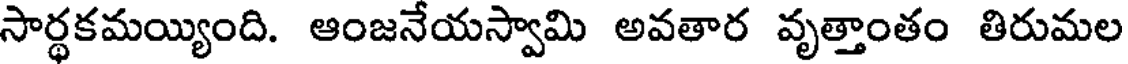
సార్థకమయ్యింది. ఆంజనేయస్వామి అవతార వృత్తాంతం తిరుమల